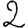
Digit: 2